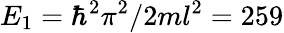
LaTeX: E_{1}=\hbar^{2}\pi^{2}/2ml^{2}=259